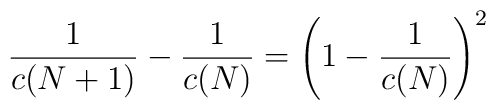
{1 \over c(N+1)} - {1 \over c(N)}  = \left(1- {1 \over c(N)} \right)^2 \,